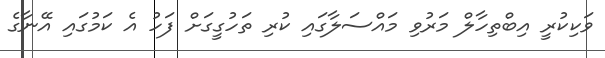
ވަކިކުރީ އިބްތިހާލް މަރުވި މައްސަލާގައި ކުރި ތަހުގީގަށް ފަހު އެ ކަމުގައި އޭނާގެ